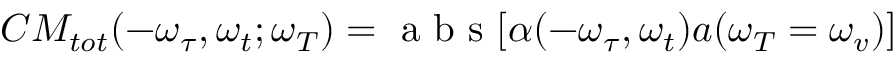
C M _ { t o t } ( - \omega _ { \tau } , \omega _ { t } ; \omega _ { T } ) = \mathrm { ~ a ~ b ~ s ~ } [ \alpha ( - \omega _ { \tau } , \omega _ { t } ) a ( \omega _ { T } = \omega _ { v } ) ]